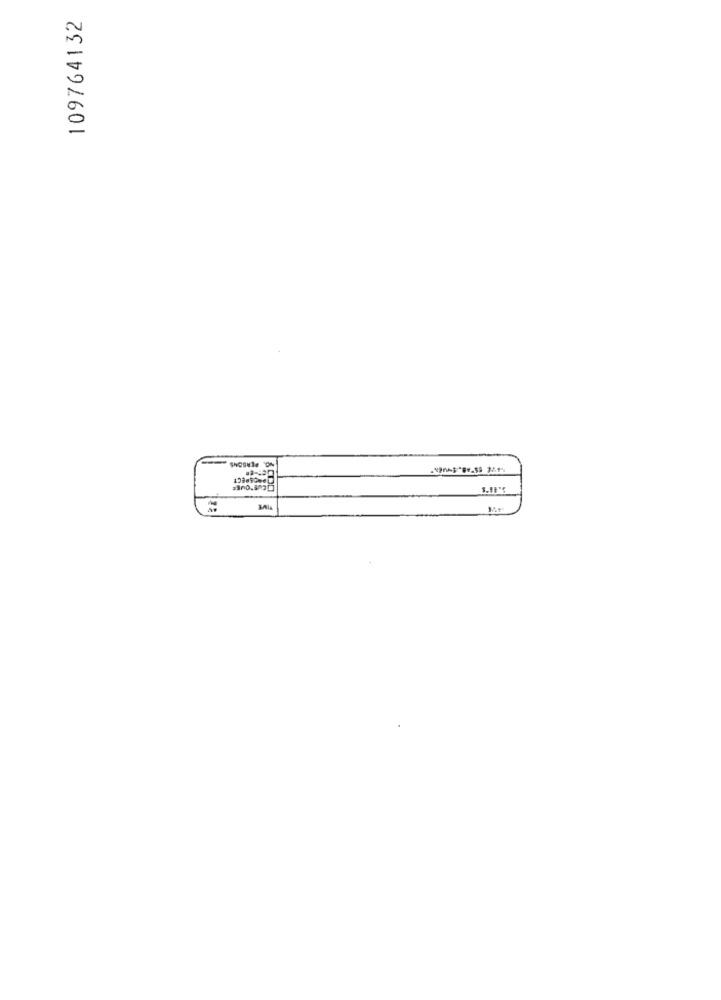
109764132
3300.5070